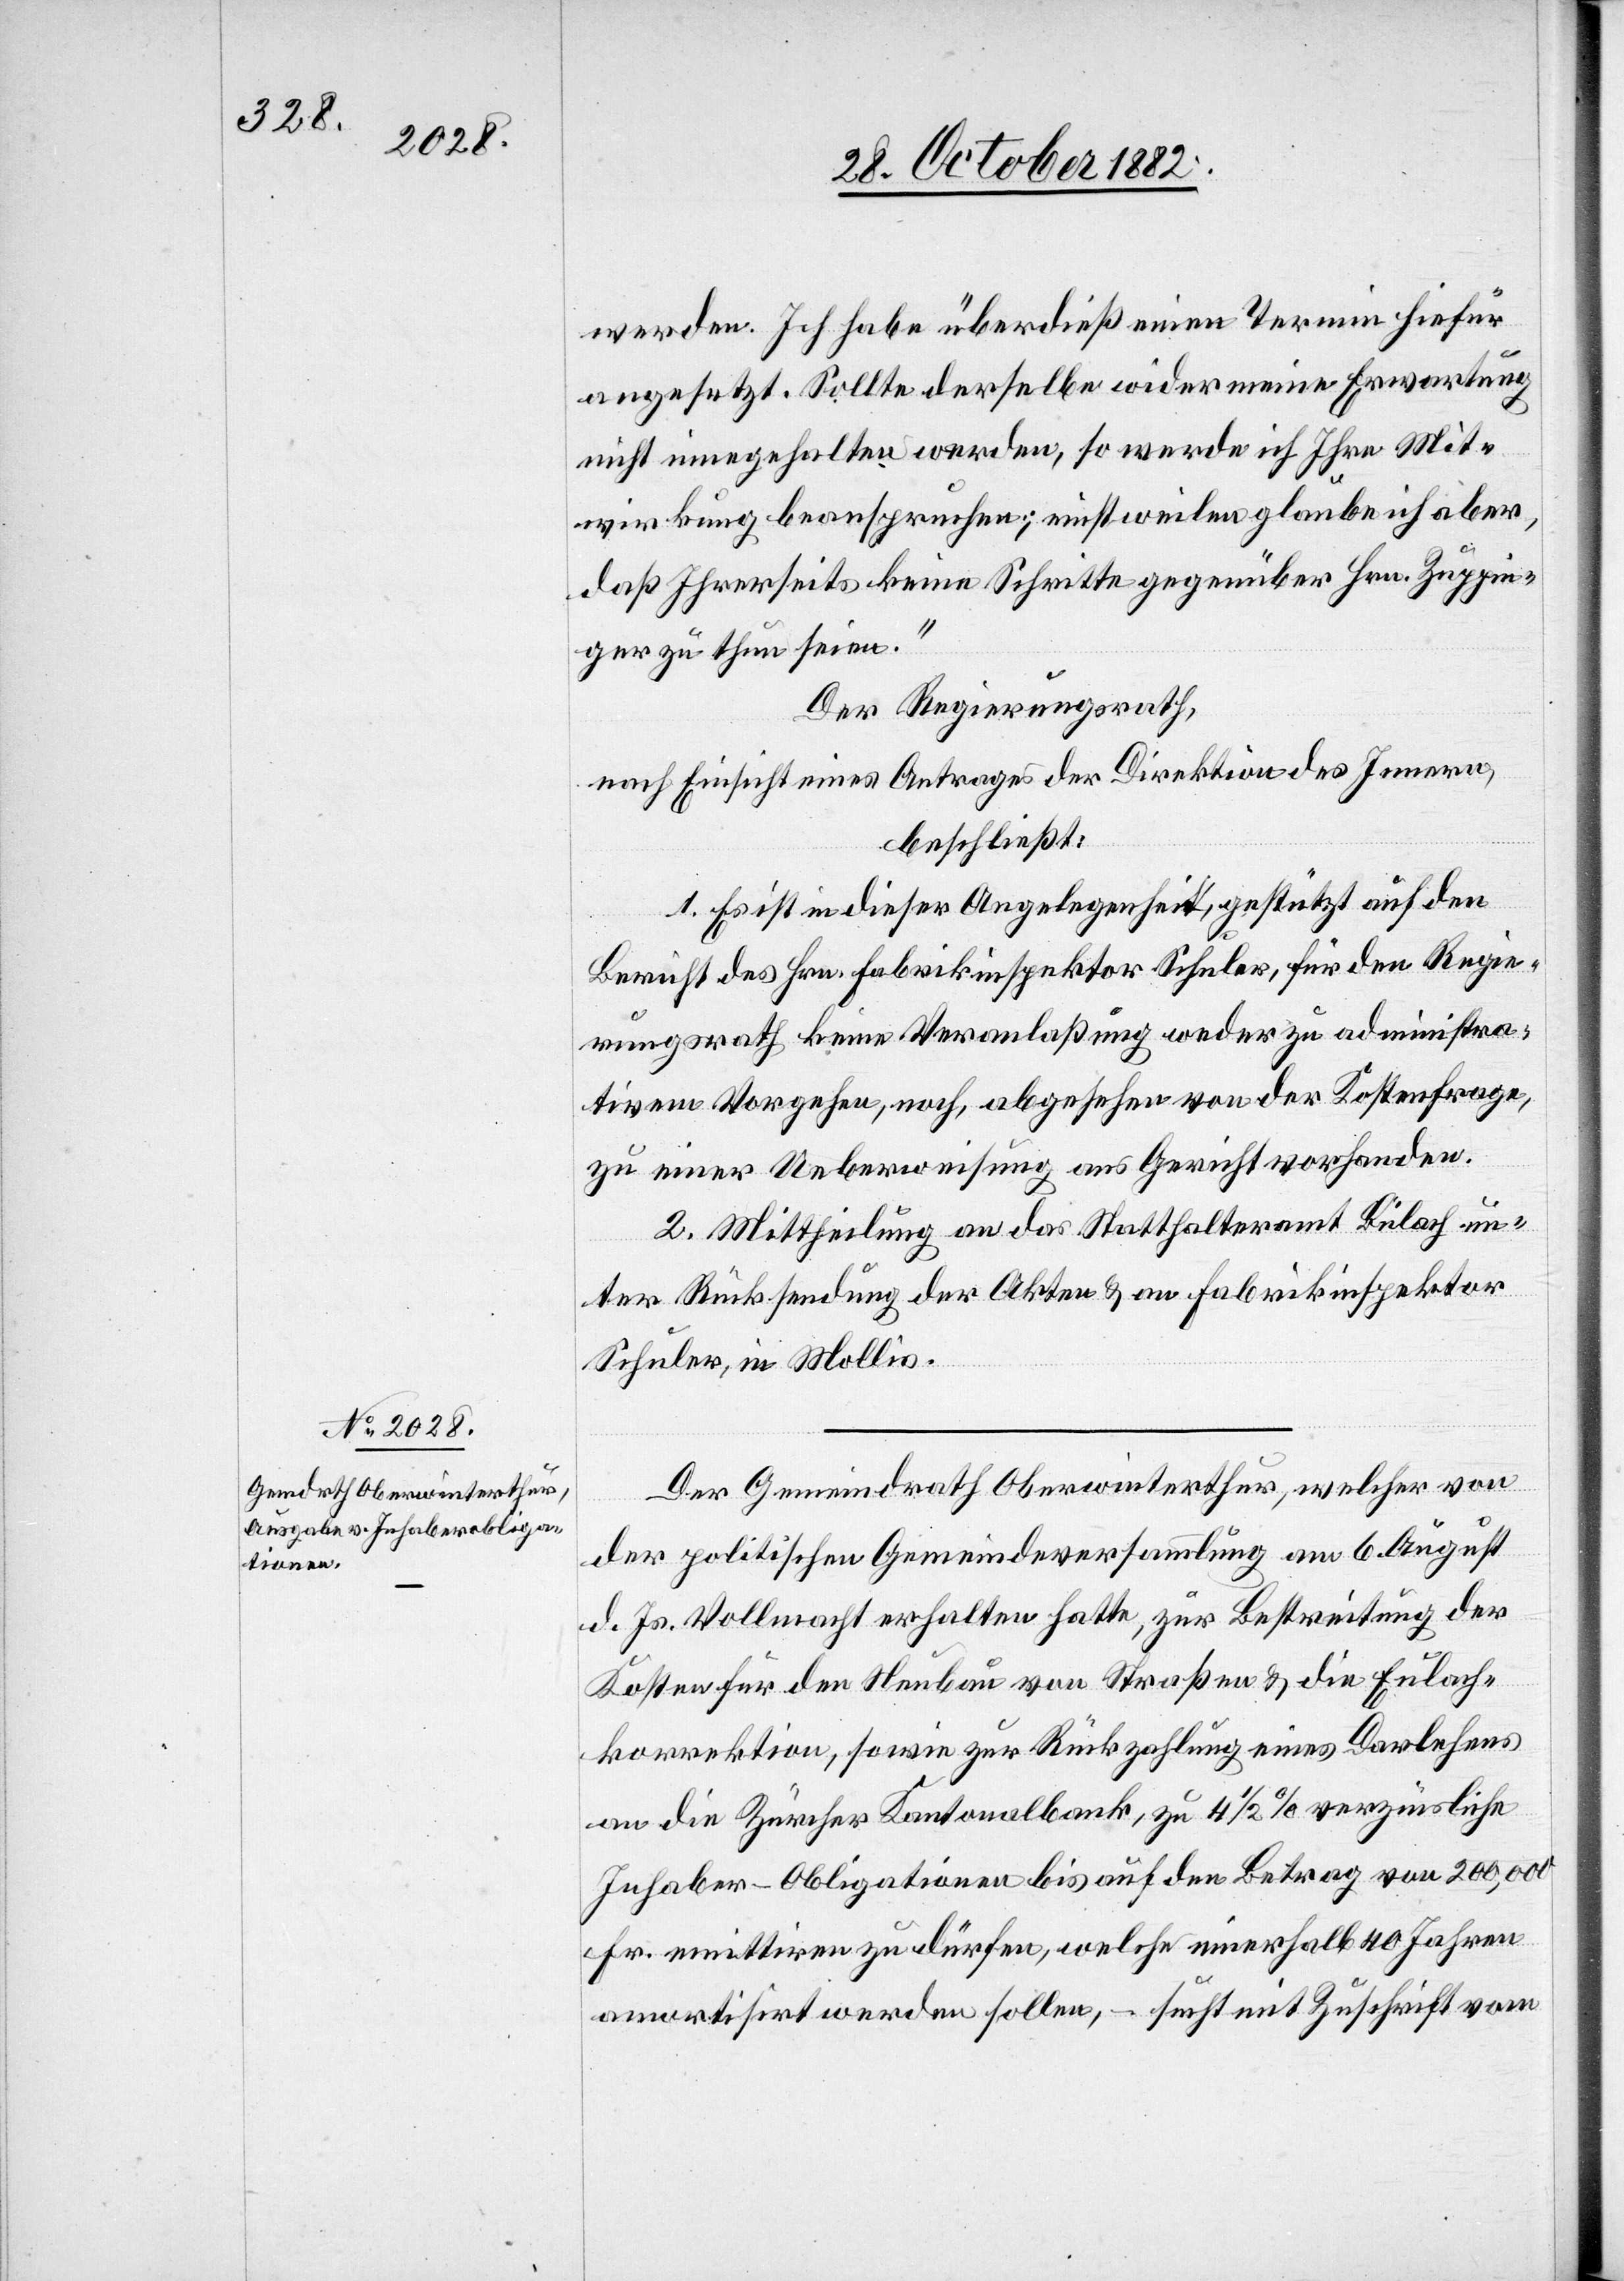
werden. Ich habe überdieß einen Termin hiefür
angesetzt. Sollte derselbe wider meine Erwartungen
nicht eingehalten werden, so werde ich Ihre Mit¬
wirkung beanspruchen; einstweilen glaube ich aber,
daß Ihrerseits keine Schritte gegenüber Hrn. Zuppin¬
ger zu thun seien.“
Der Regierungsrath,
nach Einsicht eines Antrages der Direktion des Innern,
beschließt:
1. Es ist in dieser Angelegenheit, gestützt auf den
Bericht des Hrn. Fabrikinspektor Schuler, für den Regie¬
rungsrath keine Veranlaßung weder zu administra¬
tivem Vorgehen, noch, abgesehen von der Kostenfrage,
zu einer Ueberweisung ans Gericht vorhanden.
2. Mittheilung an das Statthalteramt Bülach un¬
ter Rücksendung der Akten & an Fabrikinspektor
Schuler, in Mollis.
Der Gemeindrath Oberwinterthur, welcher von
der politischen Gemeindeversammlung am 6. August
d. Js. Vollmacht erhalten hatte, zur Bestreitung der
Kosten für den Neubau von Straßen & die Eulach¬
korrektion, sowie zur Rückzahlung eines Darlehens
an die Zürcher Kantonalbank, zu 4 1/2% verzinsliche
Inhaber-Obligationen bis auf den Betrag von 200,000
Fr. emittiren zu dürfen, welche innerhalb 40 Jahren
amortisirt werden sollen, – sucht mit Zuschrift vom